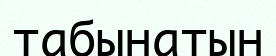
табынатын